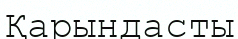
Қарындасты